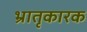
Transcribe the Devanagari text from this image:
भ्रातृकारक